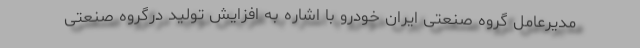
مدیرعامل گروه صنعتی ایران خودرو با اشاره به افزایش تولید درگروه صنعتی